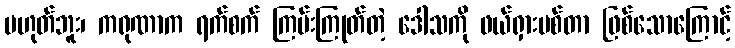
မဟုတ်ဘူး၊ ကရုဏာက ရက်စက် ကြမ်းကြုတ်တဲ့ ဒေါသကို ဖယ်ရှားပစ်တာ ဖြစ်သောကြောင့်